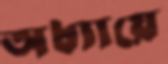
অধ্যায়ে